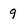
Character: 9